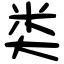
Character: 类